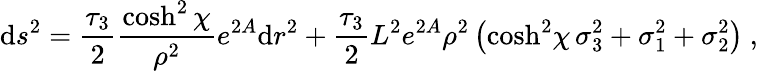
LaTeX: \mathrm{d}s^{2}={\frac{{\tau_{3}}}{{2}}}{\frac{{\cosh^{2}\chi}}{{\rho^{2}}}}e^{2A}\mathrm{d}r^{2}+{\frac{{\tau_{3}}}{{2}}}{L^{2}}{e^{2A}}\rho^{2}\left({\cosh^{2}\! \chi}\, \sigma_{3}^{2}+\sigma_{1}^{2}+\sigma_{2}^{2}\right)\ ,